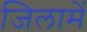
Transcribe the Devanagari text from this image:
जिलामें